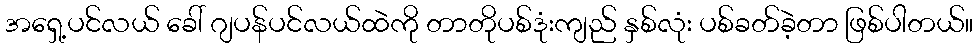
အရှေ့ပင်လယ် ခေါ် ဂျပန်ပင်လယ်ထဲကို တာတိုပစ်ဒုံးကျည် နှစ်လုံး ပစ်ခတ်ခဲ့တာ ဖြစ်ပါတယ်။